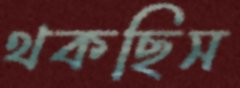
থকছিস